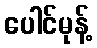
ပေါင်မုန့်